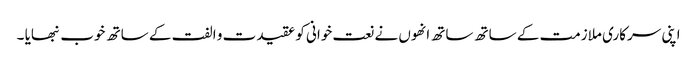
اپنی سرکاری ملازمت کے ساتھ ساتھ انھوں نے نعت خوانی کو عقیدت و الفت کے ساتھ خوب نبھایا ۔